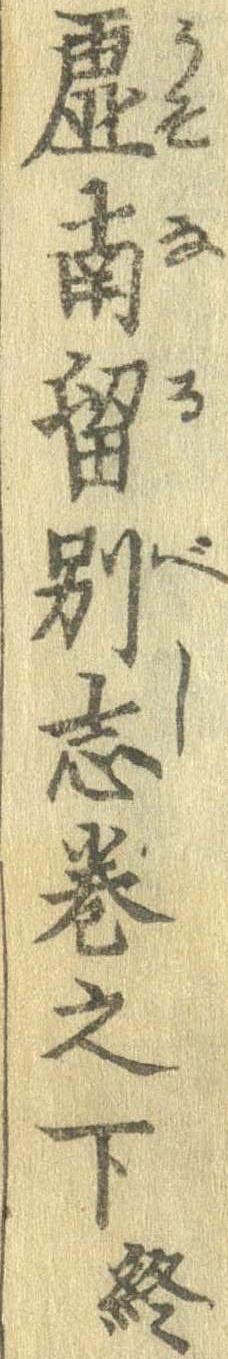
虚南留別志巻之下終